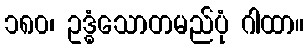
၁၈၀၊ ဥဒ္ဓံသောတမည်ပုံ ဂါထာ။